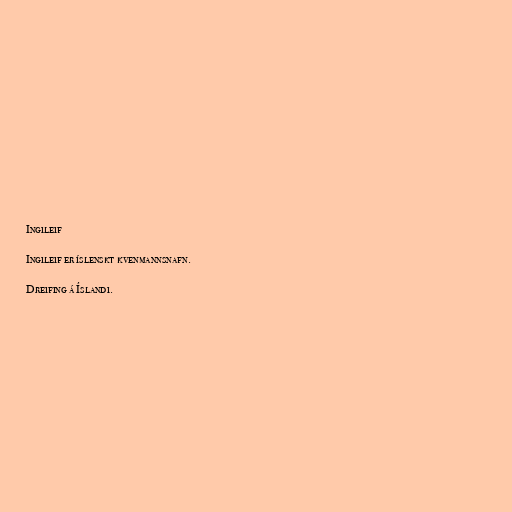
Ingileif

Ingileif er íslenskt kvenmannsnafn.

Dreifing á Íslandi.